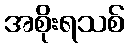
အစိုးရသစ်